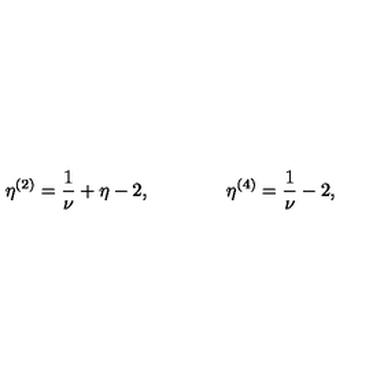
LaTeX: \eta ^ { ( 2 ) } = { \frac { 1 } { \nu } } + \eta - 2 , \qquad \qquad \eta ^ { ( 4 ) } = { \frac { 1 } { \nu } } - 2 ,